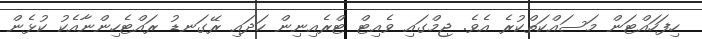
ހިފަހައްޓަން މަސައްކަތްކުރެ އެވެ. ޖިމްގައި ވެއިޓް ޓްރެއިނިން ހަދައި ރޭގަނޑު ރައްޓެހިންނާއެކު ކުޅެން